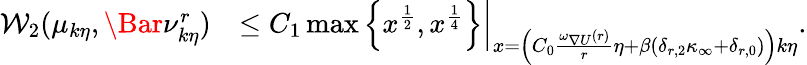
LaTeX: \begin{array}{rl}{\mathcal{W}_{2}(\mu_{k\eta},\Bar{\nu}_{k\eta}^{r})}&{\le C_{1}\operatorname*{max}\left.\left\{ x^{\frac{1}{2}},x^{\frac{1}{4}}\right\} \right|_{x=\left(C_{0}\frac{\omega_{\nabla U}(r)}{r}\eta+\beta\left(\delta_{r,2}\kappa_{\infty}+\delta_{r,0}\right)\right)k\eta}.}\end{array}